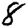
Digit: 8